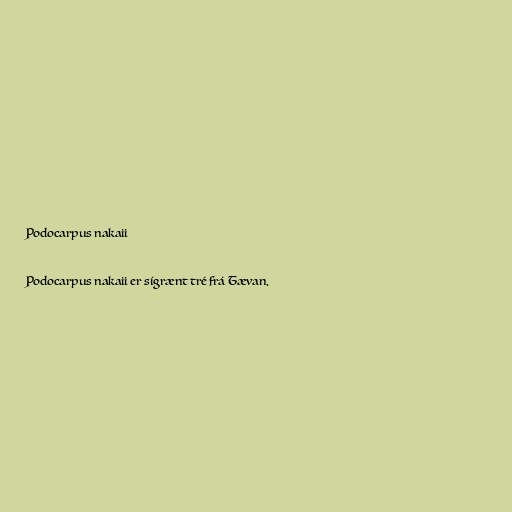
Podocarpus nakaii

Podocarpus nakaii er sígrænt tré frá Tævan.